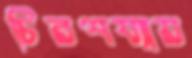
চিরশয্যায়